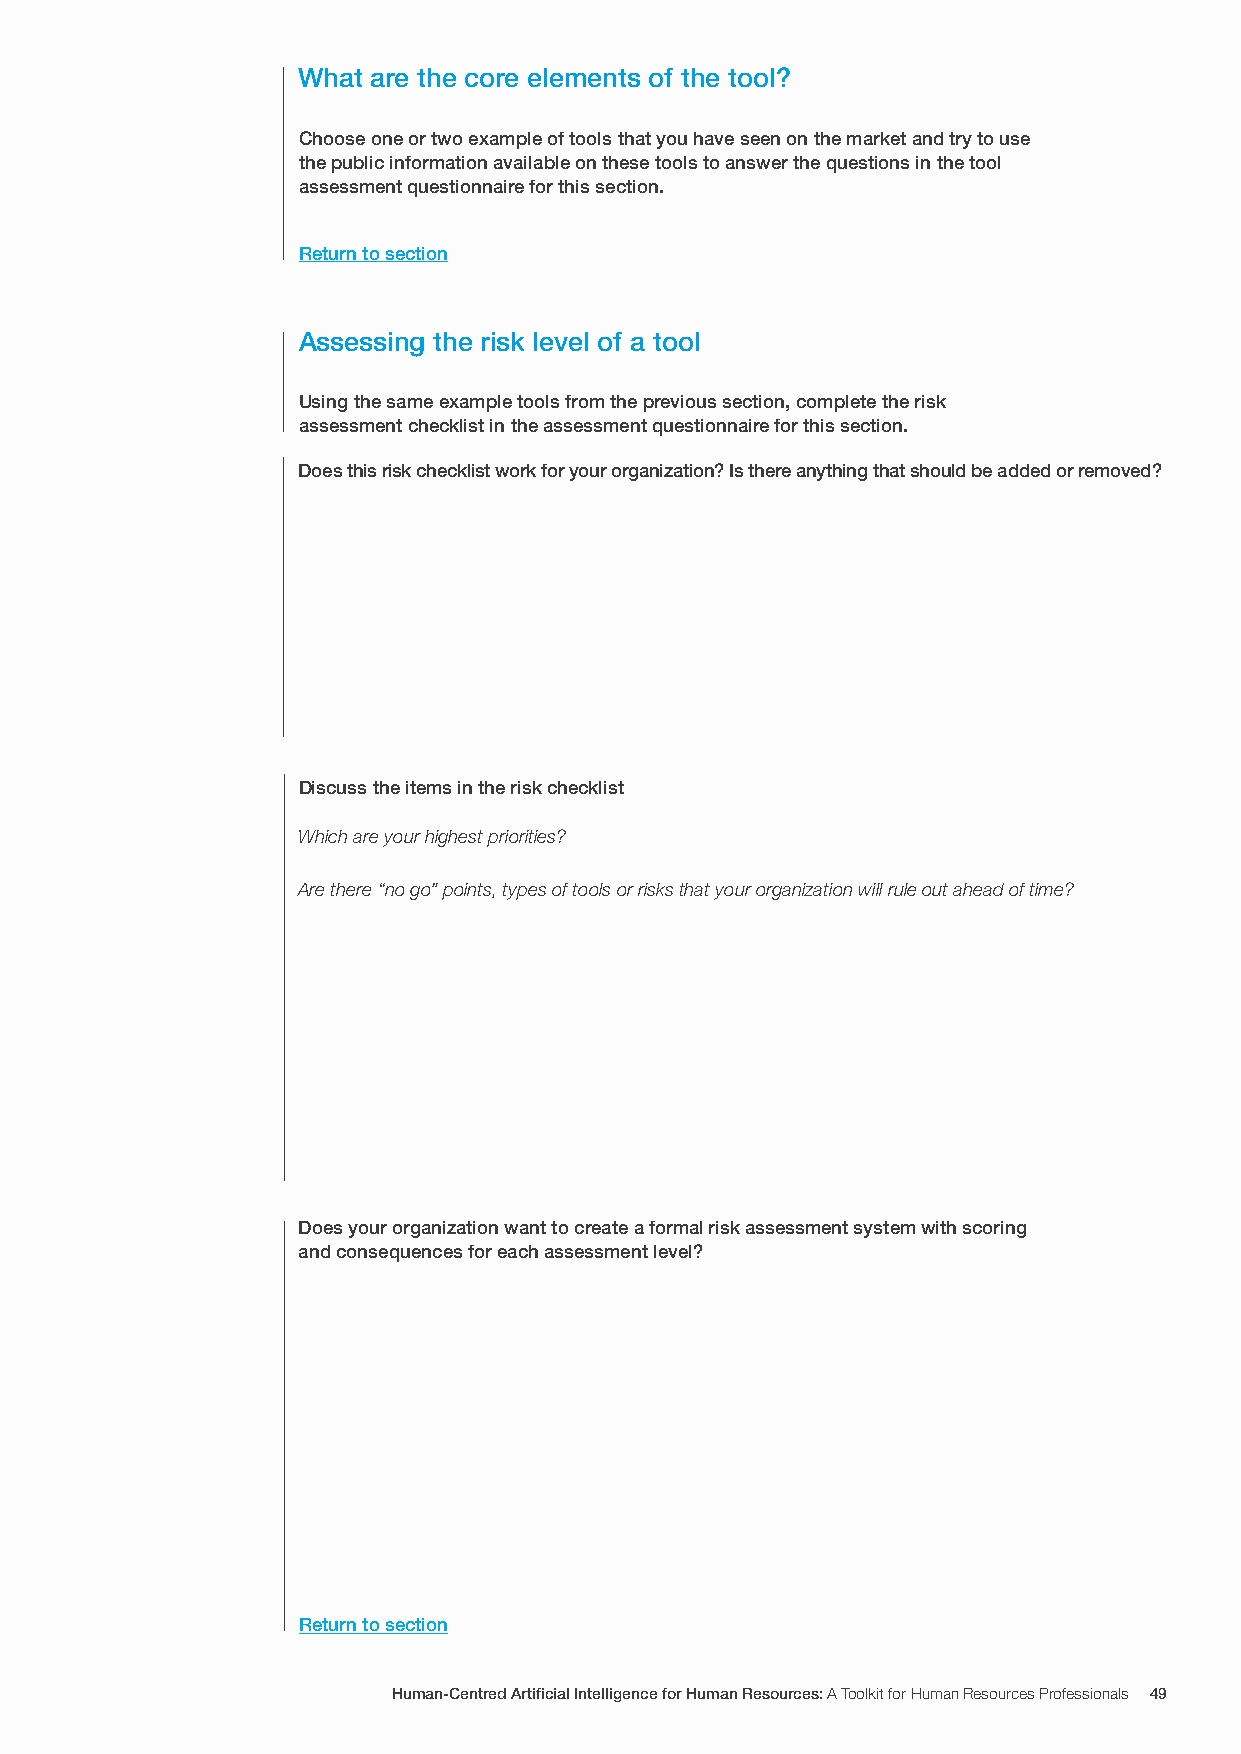
What are the core elements of the tool?
 Choose one or two example of tools that you have seen on the market and try to use
 the public information available on these tools to answer the questions in the tool
 assessment questionnaire for this section.
 Return to section
 Assessing the risk level of a tool
 Using the same example tools from the previous section, complete the risk
 assessment checklist in the assessment questionnaire for this section.
 Does this risk checklist work for your organization? Is there anything that should be added or removed?
 Discuss the items in the risk checklist
 Which are your highest priorities?
 Are there “no go” points, types of tools or risks that your organization will rule out ahead of time?
 Does your organization want to create a formal risk assessment system with scoring
 and consequences for each assessment level?
 Return to section
 Human-Centred Artificial Intelligence for Human Resources: A Toolkit for Human Resources Professionals 49